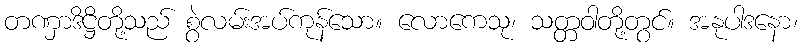
တဏှာဒိဋ္ဌိတို့သည် စွဲလမ်းအပ်ကုန်သော။ လောကေသု၊ သတ္တဝါတို့တွင်။ အနုပါဒနော၊